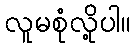
လူမစုံလို့ပါ။